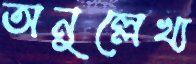
অনুল্লেখ্য